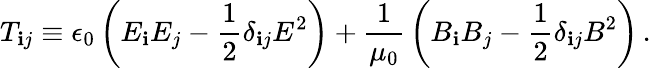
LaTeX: T_{\mathbf{i}j}\equiv\epsilon_{0}\left(E_{\mathbf{i}}E_{j}-{\frac{{1}}{{2}}}\delta_{\mathbf{i}j}E^{2}\right)+{\frac{{1}}{{\mu_{0}}}}\left(B_{\mathbf{i}}B_{j}-{\frac{{1}}{{2}}}\delta_{\mathbf{i}j}B^{2}\right)\, .